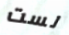
لست